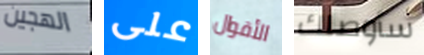
الهجين على الأقوال سأوصلك